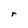
Character: r